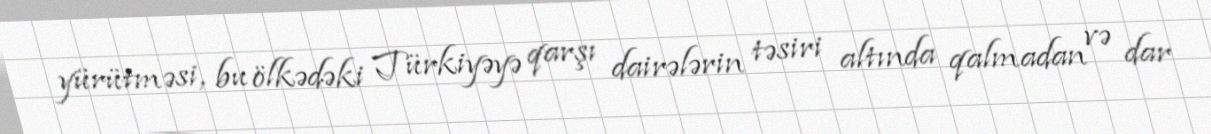
yürütməsi, bu ölkədəki Türkiyəyə qarşı dairələrin təsiri altında qalmadan və dar